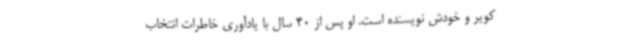
کویر و خودش نویسنده است. او پس از 40 سال با یادآوری خاطرات انتخاب